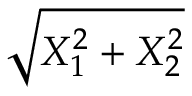
\sqrt { X _ { 1 } ^ { 2 } + X _ { 2 } ^ { 2 } }